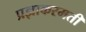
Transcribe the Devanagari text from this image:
प्रज्ञाकरमती